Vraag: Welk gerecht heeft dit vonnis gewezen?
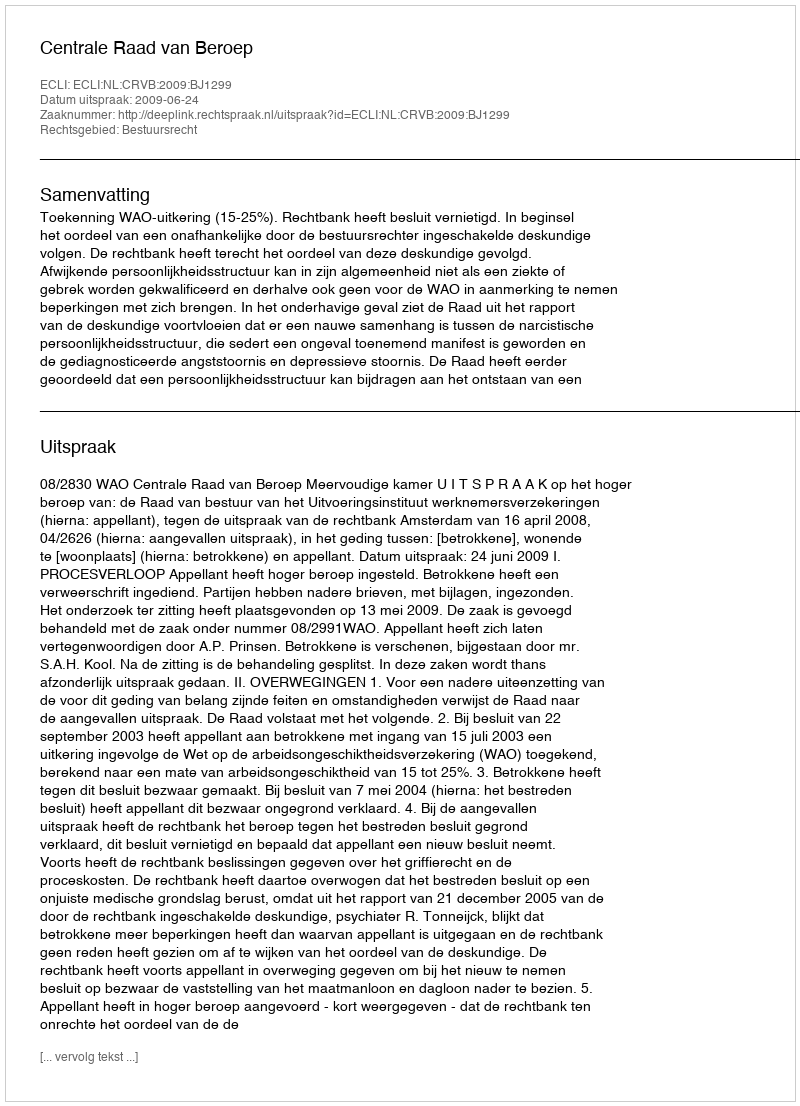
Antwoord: Centrale Raad van Beroep